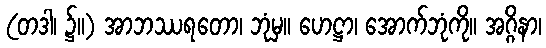
(တဒါ၊ ၌။) အာဘဿရတော၊ ဘုံမှ။ ဟေဋ္ဌာ၊ အောက်ဘုံကို။ အဂ္ဂိနာ၊